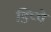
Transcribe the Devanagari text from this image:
डिप्पे